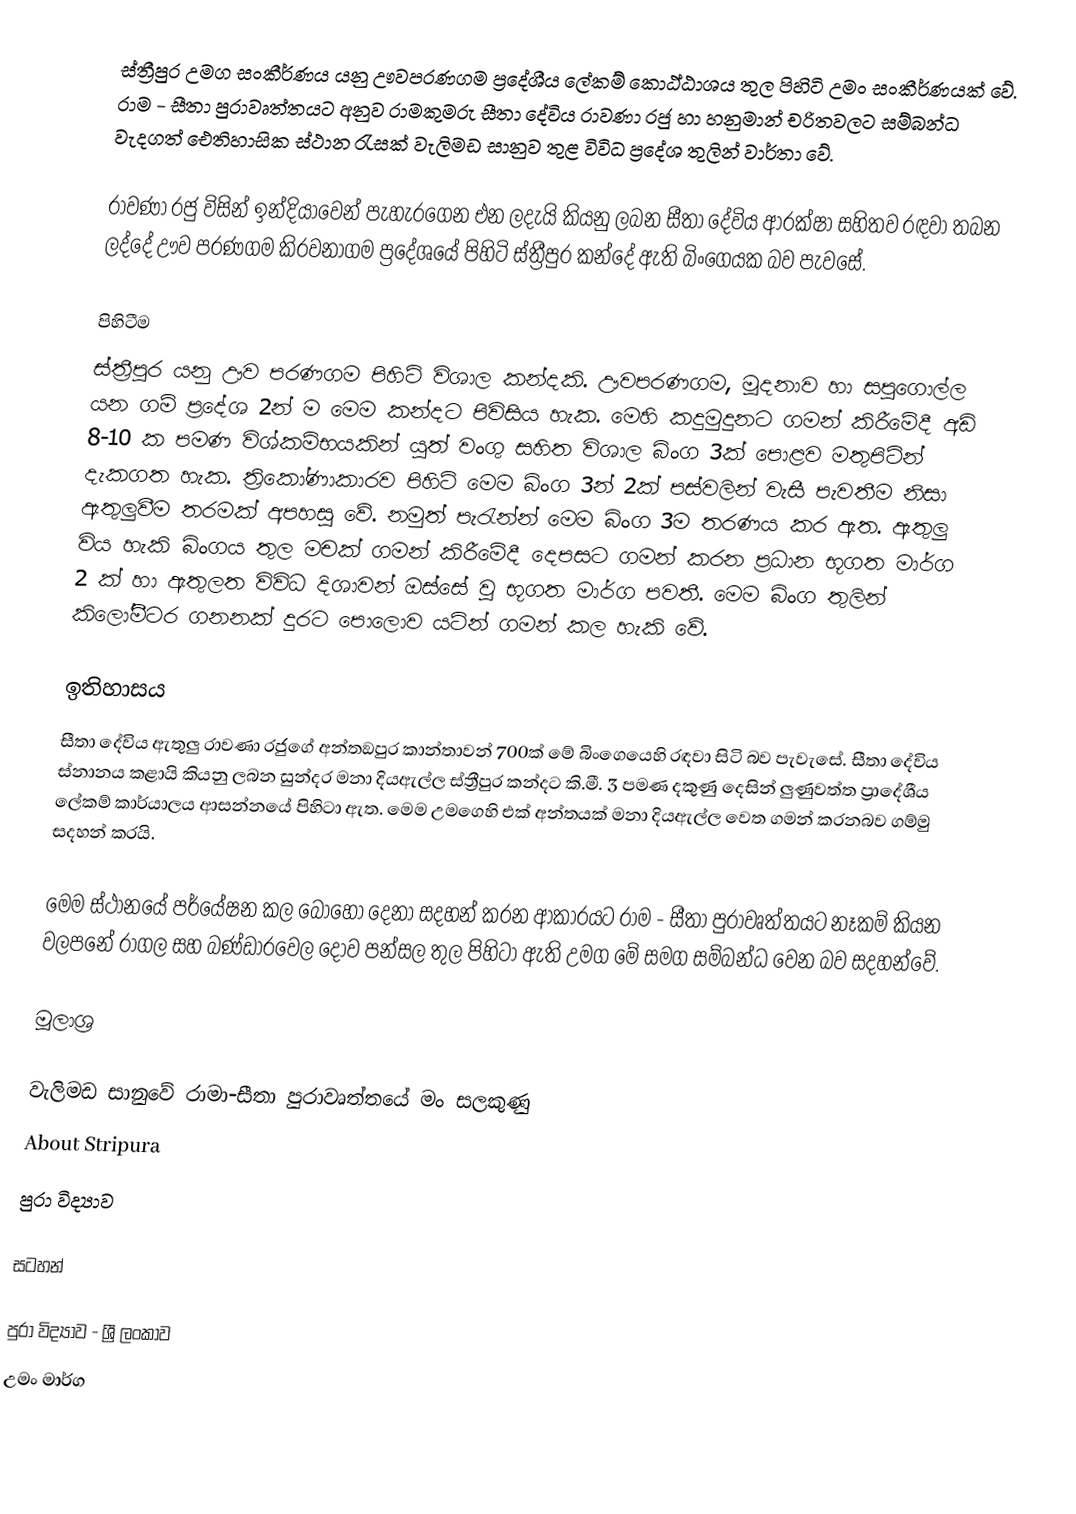
ස්ත්‍රීපුර උමග සංකීර්ණය යනු ඌවපරණගම ප්‍රදේශීය ලේකම් කොඨ්ඨාශය තුල පිහිටි උමං සංකීර්ණයක් වේ. රාම - සීතා පුරාවෘත්තයට අනුව රාමකුමරු සීතා දේවිය රාවණා රජු හා හනුමාන් චරිතවලට සම්බන්ධ වැදගත් ඓතිහාසික ස්ථාන රැසක් වැලිමඩ සානුව තුළ විවිධ ප්‍රදේශ තුලින් වාර්තා වේ.

රාවණා රජු විසින් ඉන්දියාවෙන් පැහැරගෙන එන ලදැයි කියනු ලබන සීතා දේවිය ආරක්ෂා සහිතව රඳවා තබන ලද්දේ ඌව පරණගම කිරවනාගම ප්‍රදේශයේ පිහිටි ස්ත්‍රීපුර කන්දේ ඇති බිංගෙයක බව පැවසේ.

පිහිටීම
ස්ත්‍රීපුර යනු ඌව පරණගම පිහිටි විශාල කන්දකි. ඌවපරණගම, මූදනාව හා සපුගොල්ල යන ගම් ප්‍රදේශ 2න් ම මෙම කන්දට පිවිසිය හැක. මෙහි කදුමුදුනට ගමන් කිරීමේදී අඩි 8-10 ක පමණ විශ්කම්භයකින් යුත් වංගු සහිත විශාල බිංග 3ක් පොළව මතුපිටින් දැකගත හැක. ත්‍රිකෝණාකාරව පිහිටි මෙම බිංග 3න් 2ක් පස්වලින් වැසී පැවතීම නිසා ඇතුලුවීම තරමක් අපහසු වේ. නමුත් පැරැන්න් මෙම බිංග 3ම තරණය කර ඇත. ඇතුලු විය හැකි බිංගය තුල මචක් ගමන් කිරීමේදී දෙපසට ගමන් කරන ප්‍රධාන භූගත මාර්ග 2 ක් හා ඇතුලත විවිධ දිශාවන් ඔස්සේ වූ භූගත මාර්ග පවතී. මෙම බිංග තුලින් කිලෝමීටර ගනනක් දුරට පොලොව යටින් ගමන් කල හැකි වේ.

ඉතිහාසය
සීතා දේවිය ඇතුලු රාවණා රජුගේ අන්තඞපුර කාන්තාවන් 700ක් මේ බිංගෙයෙහි රඳවා සිටි බව පැවැසේ. සීතා දේවිය ස්නානය කළායි කියනු ලබන සුන්දර මනා දියඇල්ල ස්ත්‍රීපුර කන්දට කි.මී. 3 පමණ දකුණු දෙසින් ලුණුවත්ත ප්‍රාදේශීය ලේකම් කාර්යාලය ආසන්නයේ පිහිටා ඇත. මෙම උමගෙහි එක් අන්තයක් මනා දියඇල්ල වෙත ගමන් කරනබව ගම්මු සදහන් කරයි.

මෙම ස්ථානයේ පර්යේෂන කල බොහෝ දෙනා සදහන් කරන ආකාරයට රාම - සීතා පුරාවෘත්තයට නෑකම් කියන වලපනේ රාගල සහ බණ්ඩාරවෙල දෝව පන්සල තුල පිහිටා ඇති උමග මේ සමග සම්බන්ධ වෙන බව සදහන්වේ.

මූලාශ්‍ර

 වැලිමඩ සානුවේ රාමා-සීතා පුරාවෘත්තයේ මං සලකුණු
 About Stripura
 පුරා විද්‍යාව

සටහන්

පුරා විද්‍යාව - ශ්‍රී ලංකාව
උමං මාර්ග